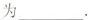
为___.